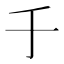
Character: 𠂌